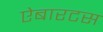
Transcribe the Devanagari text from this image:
ऐबारटस